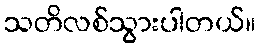
သတိလစ်သွားပါတယ်။